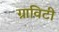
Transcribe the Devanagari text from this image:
ग्राविटी